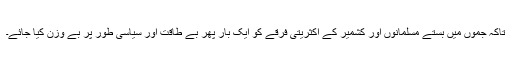
تاکہ جموں میں بستے مسلمانوں اور کشمیر کے اکثریتی فرقے کو ایک بار پھر بے طاقت اور سیاسی طور پر بے وزن کیا جائے۔